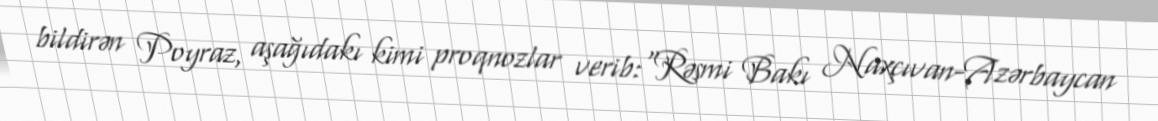
bildirən Poyraz, aşağıdakı kimi proqnozlar verib:“Rəsmi Bakı Naxçıvan-Azərbaycan